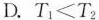
D.$$T _ { 1 } < T _ { 2 }$$